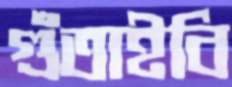
গুঁতাইবি